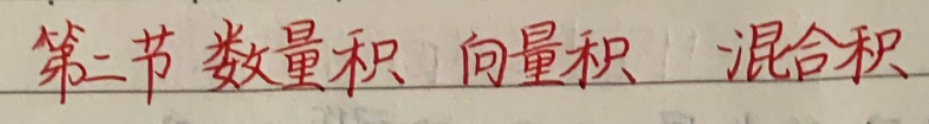
第三节 数量积 向量积 混合积